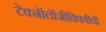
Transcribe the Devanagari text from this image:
टेक्नॉलॉजीविषयीची